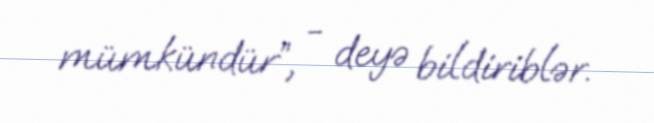
mümkündür”, - deyə bildiriblər.